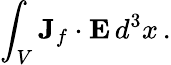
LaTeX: \int_{V}{\mathbf J}_{f}\cdot{\mathbf E}\, d^{3}x\, .